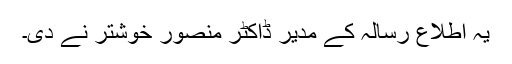
یہ اطلاع رسالہ کے مدیر ڈاکٹر منصور خوشتر نے دی۔